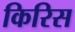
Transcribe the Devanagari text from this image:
किरिस